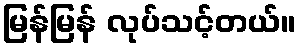
မြန်မြန် လုပ်သင့်တယ်။